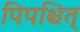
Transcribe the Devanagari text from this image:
पिपश्चित्